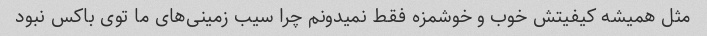
مثل همیشه کیفیتش خوب و خوشمزه فقط نمیدونم چرا سیب زمینی‌های ما توی باکس نبود